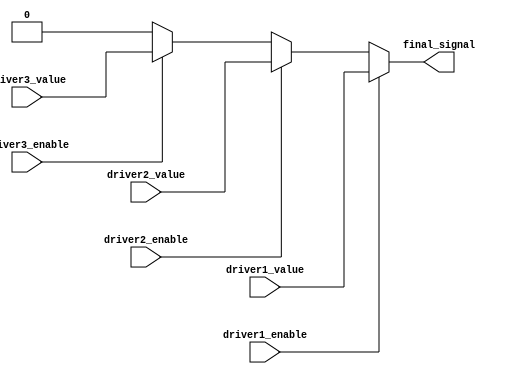
module multiple_drivers (
    input wire driver1_enable,
    input wire driver2_enable,
    input wire driver3_enable,
    input wire driver1_value,
    input wire driver2_value,
    input wire driver3_value,
    output wire final_signal
);

// Declare the signal as a wire type
wire signal_driver1;
wire signal_driver2;
wire signal_driver3;

// Continuous assignments for each driver
assign signal_driver1 = driver1_enable ? driver1_value : 1'bz; // High-Z when not enabled
assign signal_driver2 = driver2_enable ? driver2_value : 1'bz; // High-Z when not enabled
assign signal_driver3 = driver3_enable ? driver3_value : 1'bz; // High-Z when not enabled

// Resolution logic using priority encoding
// Assuming driver1 has the highest priority, followed by driver2, then driver3
assign final_signal = (driver1_enable) ? signal_driver1 :
                      (driver2_enable) ? signal_driver2 :
                      (driver3_enable) ? signal_driver3 :
                      1'b0; // Default value if no driver is enabled

endmodule